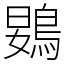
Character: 䳛